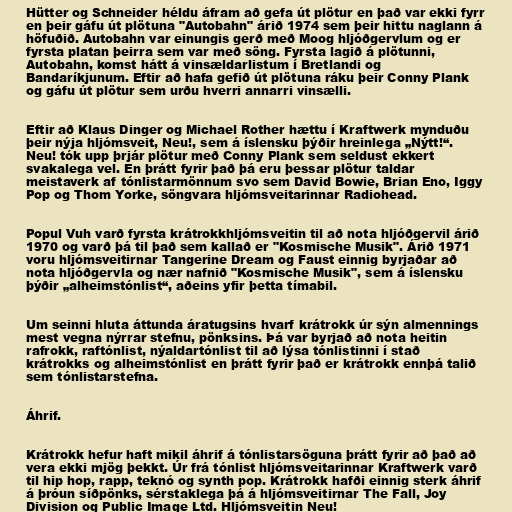
Hütter og Schneider héldu áfram að gefa út plötur en það var ekki fyrr
en þeir gáfu út plötuna "Autobahn" árið 1974 sem þeir hittu naglann á
höfuðið. Autobahn var einungis gerð með Moog hljóðgervlum og er
fyrsta platan þeirra sem var með söng. Fyrsta lagið á plötunni,
Autobahn, komst hátt á vinsældarlistum í Bretlandi og
Bandaríkjunum. Eftir að hafa gefið út plötuna ráku þeir Conny Plank
og gáfu út plötur sem urðu hverri annarri vinsælli.

Eftir að Klaus Dinger og Michael Rother hættu í Kraftwerk mynduðu
þeir nýja hljómsveit, Neu!, sem á íslensku þýðir hreinlega „Nýtt!“.
Neu! tók upp þrjár plötur með Conny Plank sem seldust ekkert
svakalega vel. En þrátt fyrir það þá eru þessar plötur taldar
meistaverk af tónlistarmönnum svo sem David Bowie, Brian Eno, Iggy
Pop og Thom Yorke, söngvara hljómsveitarinnar Radiohead.

Popul Vuh varð fyrsta krátrokkhljómsveitin til að nota hljóðgervil árið
1970 og varð þá til það sem kallað er "Kosmische Musik". Árið 1971
voru hljómsveitirnar Tangerine Dream og Faust einnig byrjaðar að
nota hljóðgervla og nær nafnið "Kosmische Musik", sem á íslensku
þýðir „alheimstónlist“, aðeins yfir þetta tímabil.

Um seinni hluta áttunda áratugsins hvarf krátrokk úr sýn almennings
mest vegna nýrrar stefnu, pönksins. Þá var byrjað að nota heitin
rafrokk, raftónlist, nýaldartónlist til að lýsa tónlistinni í stað
krátrokks og alheimstónlist en þrátt fyrir það er krátrokk ennþá talið
sem tónlistarstefna.

Áhrif.

Krátrokk hefur haft mikil áhrif á tónlistarsöguna þrátt fyrir að það að
vera ekki mjög þekkt. Úr frá tónlist hljómsveitarinnar Kraftwerk varð
til hip hop, rapp, teknó og synth pop. Krátrokk hafði einnig sterk áhrif
á þróun síðpönks, sérstaklega þá á hljómsveitirnar The Fall, Joy
Division og Public Image Ltd. Hljómsveitin Neu!